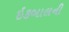
ઇકબાલની